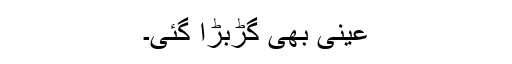
عینی بھی گڑبڑا گئی۔